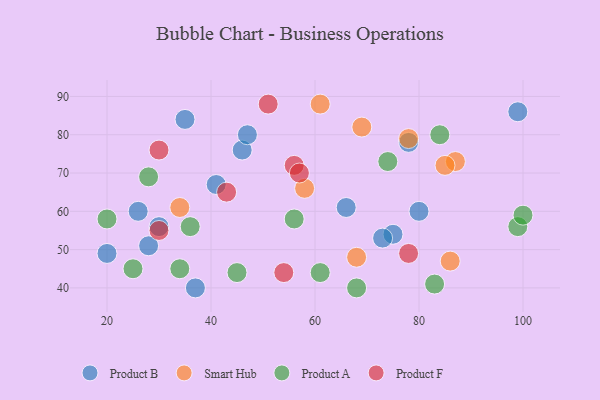
{"axis": {"x": "GDP", "y": "Life Expectancy"}, "legend": ["Product A", "Product B", "Product F", "Smart Hub"], "data": [{"x": "99", "y": 86, "type": "Product B"}, {"x": "28", "y": 51, "type": "Product B"}, {"x": "26", "y": 60, "type": "Product B"}, {"x": "30", "y": 56, "type": "Product B"}, {"x": "46", "y": 76, "type": "Product B"}, {"x": "75", "y": 54, "type": "Product B"}, {"x": "66", "y": 61, "type": "Product B"}, {"x": "37", "y": 40, "type": "Product B"}, {"x": "41", "y": 67, "type": "Product B"}, {"x": "35", "y": 84, "type": "Product B"}, {"x": "47", "y": 80, "type": "Product B"}, {"x": "73", "y": 53, "type": "Product B"}, {"x": "80", "y": 60, "type": "Product B"}, {"x": "20", "y": 49, "type": "Product B"}, {"x": "78", "y": 78, "type": "Product B"}, {"x": "87", "y": 73, "type": "Smart Hub"}, {"x": "69", "y": 82, "type": "Smart Hub"}, {"x": "86", "y": 47, "type": "Smart Hub"}, {"x": "34", "y": 61, "type": "Smart Hub"}, {"x": "78", "y": 79, "type": "Smart Hub"}, {"x": "68", "y": 48, "type": "Smart Hub"}, {"x": "85", "y": 72, "type": "Smart Hub"}, {"x": "61", "y": 88, "type": "Smart Hub"}, {"x": "58", "y": 66, "type": "Smart Hub"}, {"x": "99", "y": 56, "type": "Product A"}, {"x": "45", "y": 44, "type": "Product A"}, {"x": "68", "y": 40, "type": "Product A"}, {"x": "74", "y": 73, "type": "Product A"}, {"x": "34", "y": 45, "type": "Product A"}, {"x": "36", "y": 56, "type": "Product A"}, {"x": "28", "y": 69, "type": "Product A"}, {"x": "56", "y": 58, "type": "Product A"}, {"x": "20", "y": 58, "type": "Product A"}, {"x": "83", "y": 41, "type": "Product A"}, {"x": "84", "y": 80, "type": "Product A"}, {"x": "100", "y": 59, "type": "Product A"}, {"x": "61", "y": 44, "type": "Product A"}, {"x": "25", "y": 45, "type": "Product A"}, {"x": "54", "y": 44, "type": "Product F"}, {"x": "30", "y": 55, "type": "Product F"}, {"x": "56", "y": 72, "type": "Product F"}, {"x": "57", "y": 70, "type": "Product F"}, {"x": "30", "y": 76, "type": "Product F"}, {"x": "51", "y": 88, "type": "Product F"}, {"x": "43", "y": 65, "type": "Product F"}, {"x": "78", "y": 49, "type": "Product F"}]}